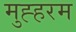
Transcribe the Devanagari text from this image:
मुह्हरम